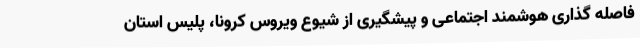
فاصله گذاری هوشمند اجتماعی و پیشگیری از شیوع ویروس کرونا، پلیس استان